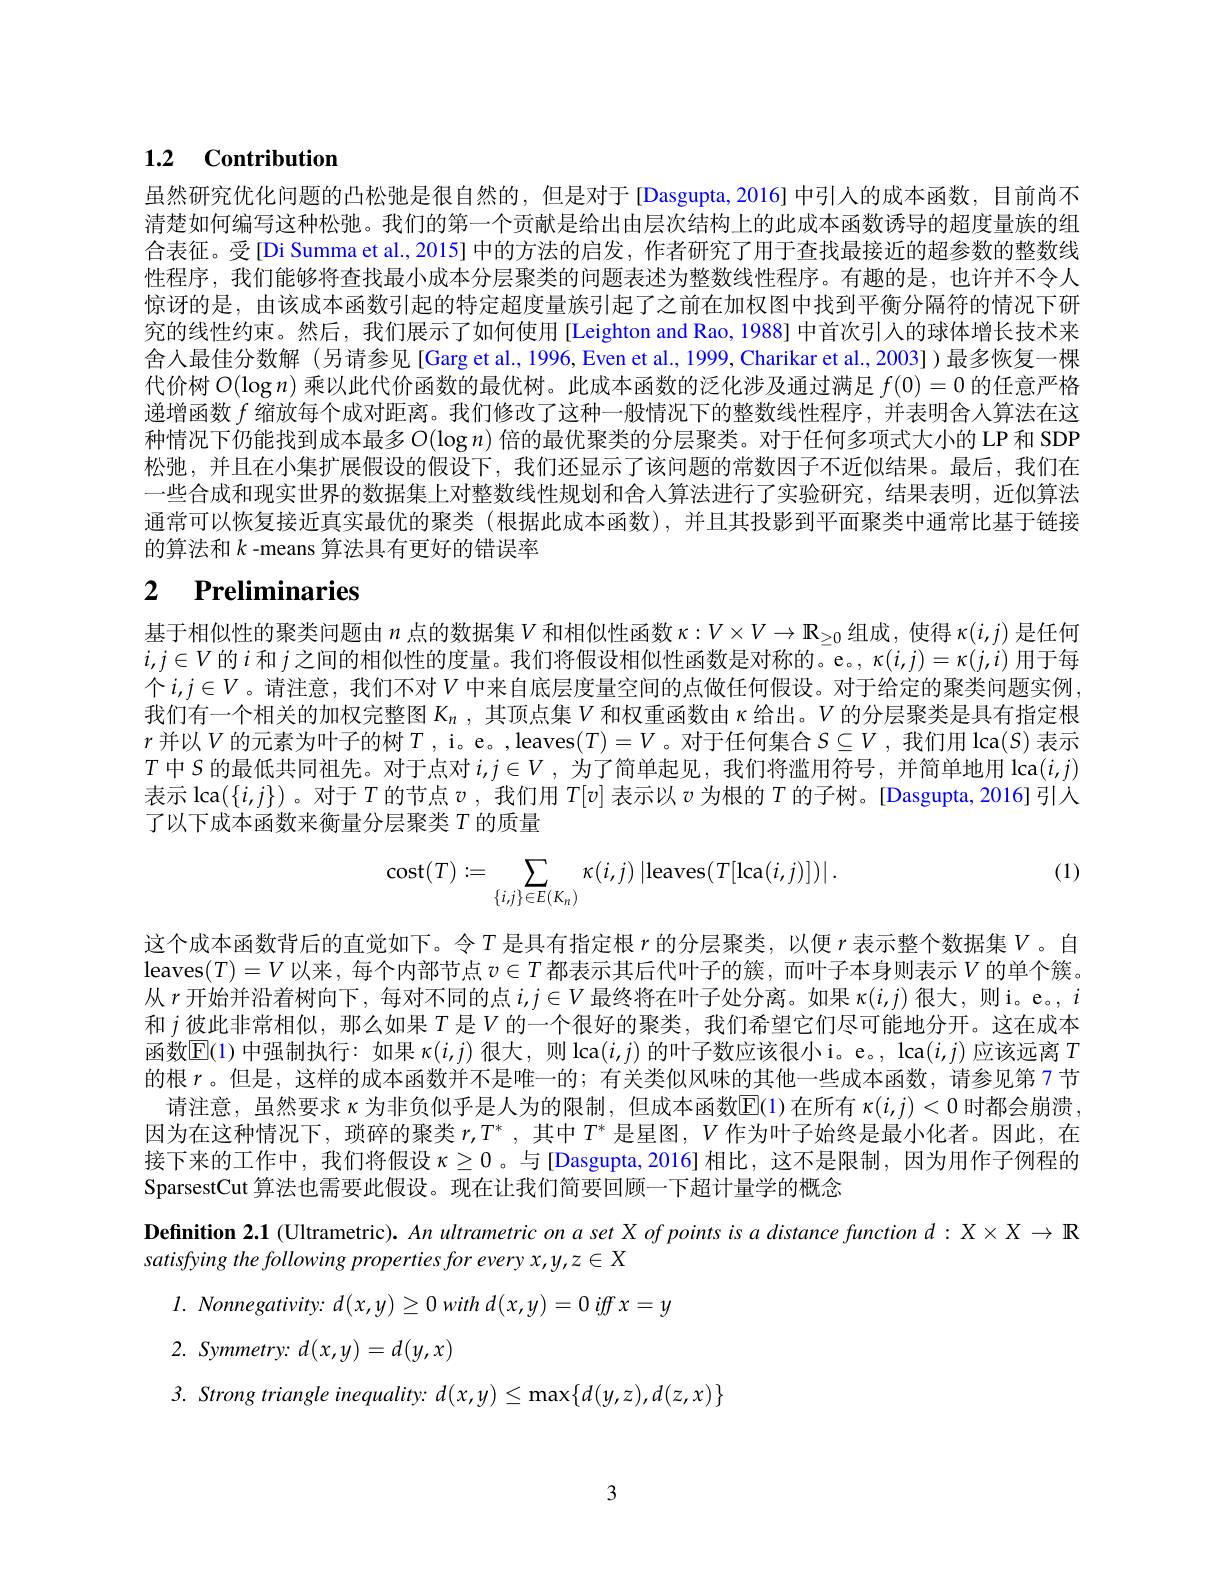
## $\mathbf{1. 2}$ $\mathbf{Contribution}$

虽然研究优化问题的凸松弛是很自然的，但是对于[Dasgupta,2016]中引入的成本函数，目前尚不清楚如何编写这种松弛。我们的第一个贡献是给出由层次结构上的此成本函数诱导的超度量族的组合表征。受[Di Summa et al., 2015] 中的方法的启发，作者研究了用于查找最接近的超参数的整数线性程序，我们能够将查找最小成本分层聚类的问题表述为整数线性程序。有趣的是，也许并不令人惊讶的是，由该成本函数引起的特定超度量族引起了之前在加权图中找到平衡分隔符的情况下研究的线性约束。然后，我们展示了如何使用[Leighton and Rao, 1988] 中首次引人的球体增长技术来舍人最佳分数解 (另请参见[Garg et al., 1996, Even et al., 1999, Charikar et al., 2003])最多恢复一棵代价树$O(\log n)$乘以此代价函数的最优树。此成本函数的泛化涉及通过满足$f(0)=0$的任意严格递增函数$f$缩放每个成对距离。我们修改了这种一般情况下的整数线性程序，并表明舍人算法在这种情况下仍能找到成本最多$O(\log n)$ 倍的最优聚类的分层聚类。对于任何多项式大小的 LP 和 SDP 松弛，并且在小集扩展假设的假设下，我们还显示了该问题的常数因子不近似结果。最后，我们在一些合成和现实世界的数据集上对整数线性规划和舍人算法进行了实验研究，结果表明，近似算法通常可以恢复接近真实最优的聚类(根据此成本函数),并且其投影到平面聚类中通常比基于链接的算法和$k$ -means 算法具有更好的错误率

# 2 Preliminaries

基于相似性的聚类问题由$n$点的数据集$V$和相似性函数$\kappa:V\times V\to\mathbb{R}_\geq0$组成，使得$\kappa(i,j)$是任何$i,j\in V$的$i$ 和 $j$ 之间的相似性的度量。我们将假设相似性函数是对称的。e。$\kappa(i,j)=\kappa(j,i)$ 用于每个$i,j\in V$。请注意，我们不对$V$中来自底层度量空间的点做任何假设。对于给定的聚类问题实例我们有一个相关的加权完整图$K_n$ ,其顶点集$V$和权重函数由$\kappa$给出。$V$的分层聚类是具有指定根$r$并以$V$的元素为叶子的树$T$, i。e。,leaves$(T)=V$。对于任何集合$S\subseteq V$,我们用 lca$(S)$表示$T$中$S$的最低共同祖先。对于点对$i,j\in V$ ,为了简单起见，我们将滥用符号，并简单地用$\operatorname{lca}(i,j)$ 表示$\operatorname{lca}(\{i,j\})$。对于$T$的节点$v$ ,我们用$T[v]$表示以$v$为根的$T$的子树。[Dasgupta, 2016] 引人了以下成本函数来衡量分层聚类$T$的质量

(1)
$$\operatorname{cost}(T):=\sum_{\{i,j\}\in E(K_n)}\kappa(i,j)\left|\operatorname{leaves}(T[\operatorname{lca}(i,j)])\right|.$$
这个成本函数背后的直觉如下。令$T$是具有指定根$r$的分层聚类，以便$r$表示整个数据集$V$。自$\operatorname{leaves}(T)=V$以来，每个内部节点$v\in T$都表示其后代叶子的簇，而叶子本身则表示$V$的单个簇。从$r$开始并沿着树向下，每对不同的点$i,j\in V$最终将在叶子处分离。如果$\kappa(i,j)$很大，则 i。e。, $i$ 和$j$彼此非常相似，那么如果$T$是$V$的一个很好的聚类，我们希望它们尽可能地分开。这在成本函数$\mathbb{E}(1)$中强制执行：如果$\kappa(i,j)$很大，则 lca$(i,j)$的叶子数应该很小i。e。, lca$(i,j)$应该远离$T$ 的根$r$。但是，这样的成本函数并不是唯一的；有关类似风味的其他一些成本函数，请参见第7节
请注意，虽然要求$\kappa$为非负似乎是人为的限制，但成本函数$\overline{\mathrm{E}}(1)$在所有$\kappa(i,j)<0$时都会崩溃， 因为在这种情况下，琐碎的聚类$r,T^*$,其中$T^*$是星图，$V$作为叶子始终是最小化者。因此，在接下来的工作中，我们将假设$\kappa\geq0$ 。与[Dasgupta,2016]相比，这不是限制，因为用作子例程的SparsestCut 算法也需要此假设。现在让我们简要回顾一下超计量学的概念
Definition 2.1 (Ultrametric). An ultrametric on a set X of points is a distance function $d:X\times X\to\mathbb{R}$
satisfying the following properties for every x,y,z EX
$l.$ $Nonnegativity:$ $d( x, y) \geq 0$ with $d( x, y) = 0$ iff $x= y$
2. $Symmetry{: }$ $d( x, y) = d( y, x)$
$3.Strong$ triangle inequality: d(x,y) ≤ max$\{d(y,z),d(z,x)\}$

3